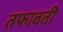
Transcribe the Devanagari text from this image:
तफावती